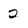
Character: 2